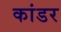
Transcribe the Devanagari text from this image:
कांडर